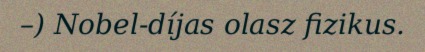
–) Nobel-díjas olasz fizikus.